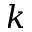
k